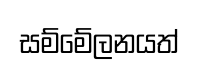
සම්මේලනයත්